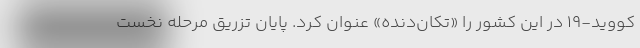
کووید-۱۹ در این کشور را «تکان‌دنده» عنوان کرد. پایان تزریق مرحله نخست